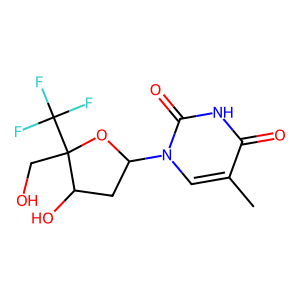
SMILES: Cc1cn(C2CC(O)C(CO)(C(F)(F)F)O2)c(=O)[nH]c1=O
Inhibits HIV replication: No